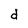
Character: d